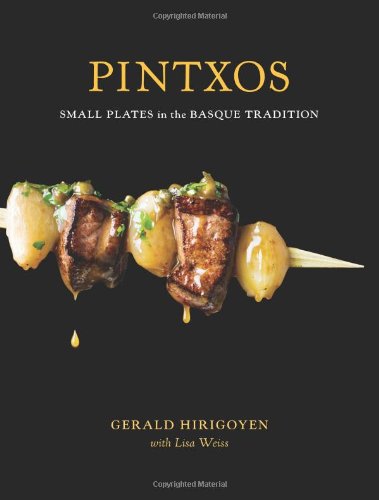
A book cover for Pintxos: Small Plates in the Basque Tradition; Gerald Hirigoyen; Cookbooks, Food & Wine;